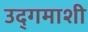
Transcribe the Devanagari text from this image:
उद्‌गमाशी